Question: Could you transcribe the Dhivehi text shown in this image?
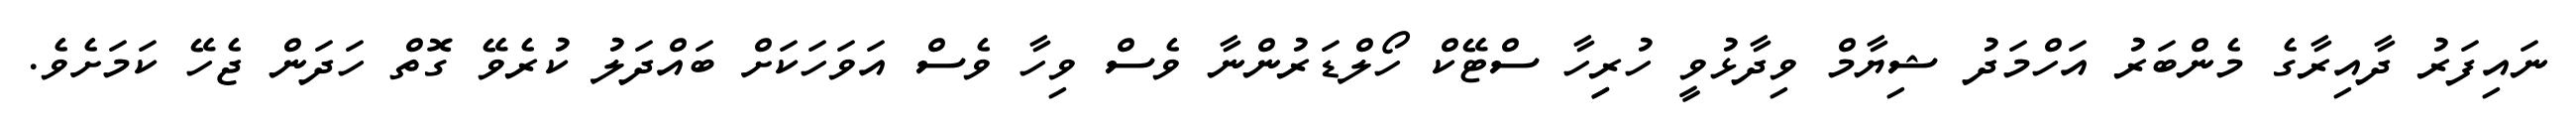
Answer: ނައިފަރު ދާއިރާގެ މެންބަރު އަހްމަދު ޝިޔާމް ވިދާޅުވީ ހުރިިހާ ސްޓޭކް ހޯލްޑަރުންނާ ވެސް ވިހާ ވެސް އަވަހަކަށް ބައްދަލު ކުރެވޭ ގޮތް ހަދަން ޖެހޭ ކަމަށެވެ.